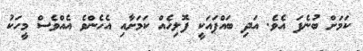
ކަމަށް ބުނެފަ އެވެ. އަދި ބައްޕައަކީ ފޮލިހެއް ކަމަށާއި އެހެންވެ އެއްވެސް މީހަކު